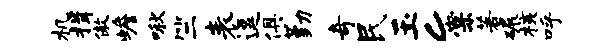
机揖傲蟾啾竺表逗俱勤奇民玉c棠著碾核呼